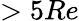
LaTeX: >5Re